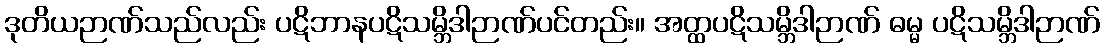
ဒုတိယဉာဏ်သည်လည်း ပဋိဘာနပဋိသမ္ဘိဒါဉာဏ်ပင်တည်း။ အတ္ထပဋိသမ္ဘိဒါဉာဏ် ဓမ္မ ပဋိသမ္ဘိဒါဉာဏ်